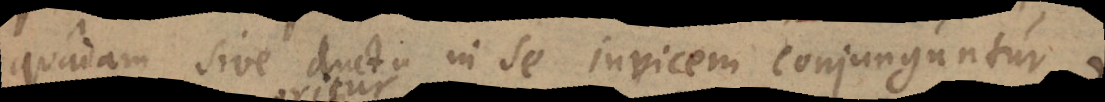
quadam sive ductu in se invicem conjunguntur,